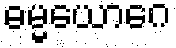
ဓမ္မယောဂေ